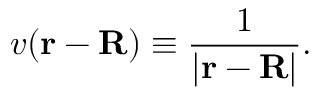
v ( \mathbf { r } - \mathbf { R } ) \equiv { \frac { 1 } { | \mathbf { r } - \mathbf { R } | } } .